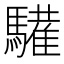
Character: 𩦘